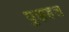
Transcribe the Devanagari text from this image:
पुझहल